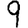
Digit: 9